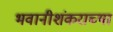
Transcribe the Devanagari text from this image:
भवानीशंकराच्या